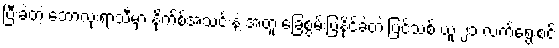
ပြီးခဲ့တဲ့ ဘောလုံးရာသီမှာ နိုက်စ်အသင်းနဲ့ အတူ ခြေစွမ်းပြနိုင်ခဲ့တဲ့ ပြင်သစ် ယူ ၂၁ လက်ရွေးစင်